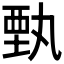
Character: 𲁊